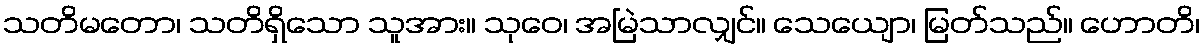
သတိမတော၊ သတိရှိသော သူအား။ သုဝေ၊ အမြဲသာလျှင်။ သေယျော၊ မြတ်သည်။ ဟောတိ၊